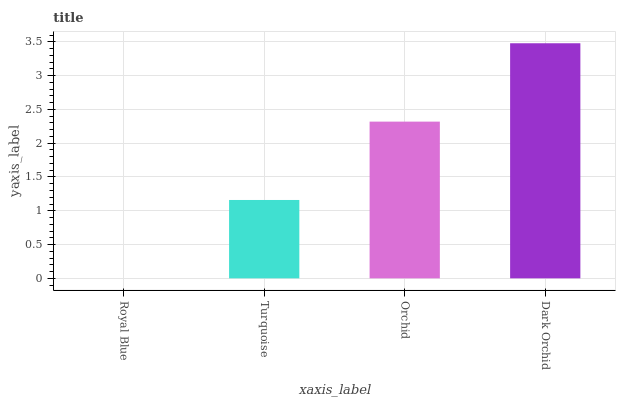
| xaxis_label | bars |
 | --- | --- |
 | Royal Blue | 0 |
 | Turquoise | 1.16 |
 | Orchid | 2.32 |
 | Dark Orchid | 3.48 |